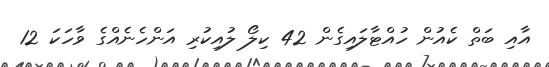
އާއި ބަތް ކެއުން ހުއްޓާލައިގެން 42 ކިލޯ ލުއިކުރި އަންހެނެއްގެ ވާހަކަ 12